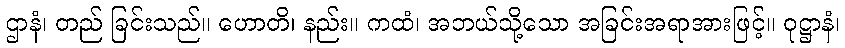
ဌာနံ၊ တည် ခြင်းသည်။ ဟောတိ၊ နည်း။ ကထံ၊ အဘယ်သို့သော အခြင်းအရာအားဖြင့်။ ဝုဋ္ဌာနံ၊